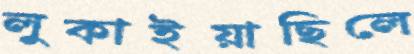
লুকাইয়াছিলে